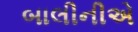
બાલીનીએ